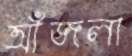
আঁজলা